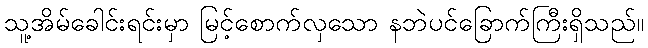
သူ့အိမ်ခေါင်းရင်းမှာ မြင့်စောက်လှသော နဘဲပင်ခြောက်ကြီးရှိသည်။